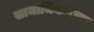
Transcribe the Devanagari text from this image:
सामाजिकदृष्या